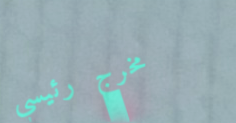
مخرج رئيسي